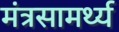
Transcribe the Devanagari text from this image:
मंत्रसामर्थ्य